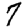
Digit: 7